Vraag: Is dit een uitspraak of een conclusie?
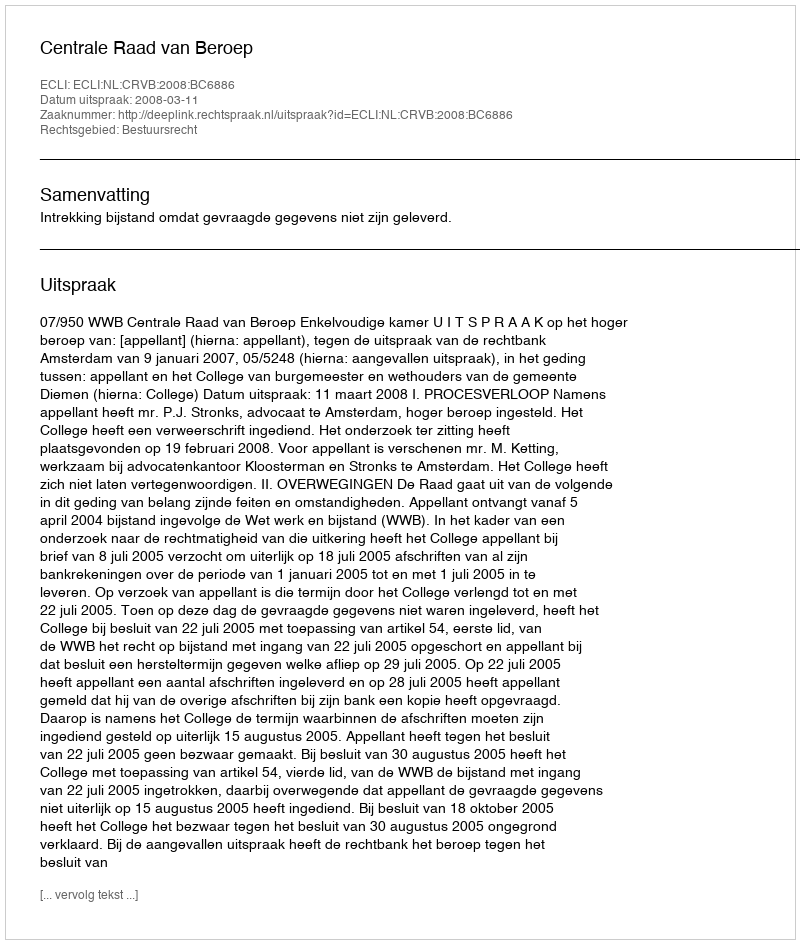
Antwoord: Uitspraak